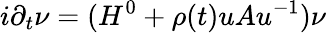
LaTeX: i\partial_{t}\nu=(H^{0}+\rho(t)uAu^{-1})\nu